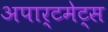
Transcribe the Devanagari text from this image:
अपार्टमेट्स